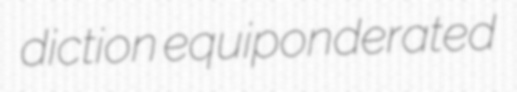
diction equiponderated